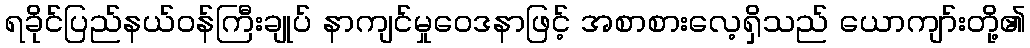
ရခိုင်ပြည်နယ်ဝန်ကြီးချုပ် နာကျင်မှုဝေဒနာဖြင့် အစာစားလေ့ရှိသည် ယောကျာ်းတို့၏